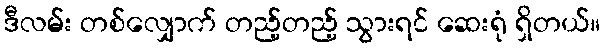
ဒီလမ်း တစ်လျှောက် တည့်တည့် သွားရင် ဆေးရုံ ရှိတယ်။